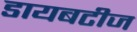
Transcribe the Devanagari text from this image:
डायबटीज